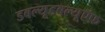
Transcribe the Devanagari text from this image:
डबल्यूडबल्यूऍफ़